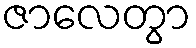
ဇာလေတွာ